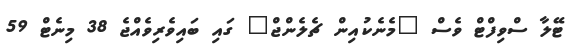
ޓޭލާ ސްވިފްޓް ވެސް "މެނެކުއިން ޗެލެންޖް" ގައި ބައިވެރިވެއްޖެ 38 މިނެޓް 59